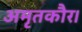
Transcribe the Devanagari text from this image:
अमृतकौर।